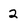
Character: 2